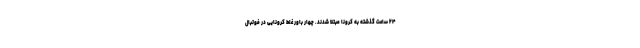
۲۴ ساعت گذشته به کرونا مبتلا شدند. چهار باور غلط کرونایی در فوتبال